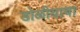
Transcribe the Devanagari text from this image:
डोळीयाचा